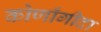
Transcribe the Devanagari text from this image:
कोणाँगीदा